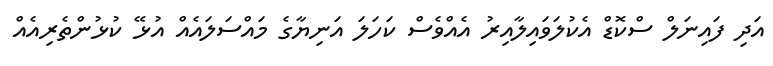
އަދި ފައިނަލް ސްކޮޑް އެކުލަވައިލާއިރު އެއްވެސް ކަހަލަ އަނިޔާގެ މައްސަލައެއް އުޅޭ ކުޅުންތެރިއެއް